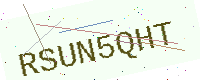
Text: RSUN5QHT